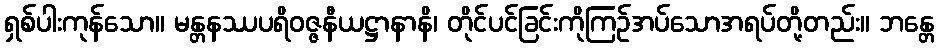
ရှစ်ပါးကုန်သော။ မန္တနဿပရိဝဇ္ဇနီယဋ္ဌာနာနိ၊ တိုင်ပင်ခြင်းကိုကြဉ်အပ်သောအရပ်တို့တည်း။ ဘန္တေ